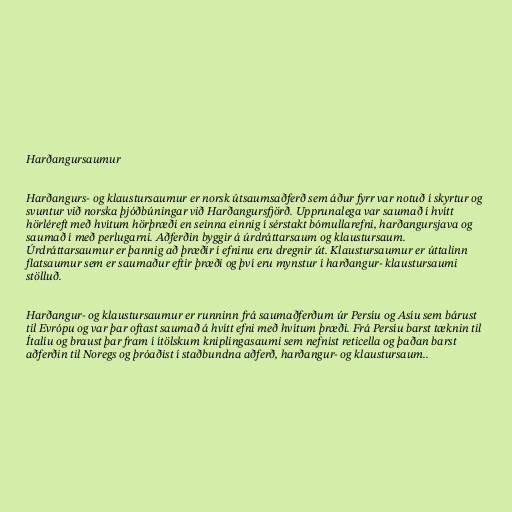
Harðangursaumur

Harðangurs- og klaustursaumur er norsk útsaumsaðferð sem áður fyrr var notuð í skyrtur og
svuntur við norska þjóðbúningar við Harðangursfjörð. Upprunalega var saumað í hvítt
hörléreft með hvítum hörþræði en seinna einnig í sérstakt bómullarefni, harðangursjava og
saumað í með perlugarni. Aðferðin byggir á úrdráttarsaum og klaustursaum.
Úrdráttarsaumur er þannig að þræðir í efninu eru dregnir út. Klaustursaumur er úttalinn
flatsaumur sem er saumaður eftir þræði og því eru mynstur í harðangur- klaustursaumi
stölluð.

Harðangur- og klaustursaumur er runninn frá saumaðferðum úr Persíu og Asíu sem bárust
til Evrópu og var þar oftast saumað á hvítt efni með hvítum þræði. Frá Persíu barst tæknin til
Ítalíu og braust þar fram í ítölskum kniplingasaumi sem nefnist reticella og þaðan barst
aðferðin til Noregs og þróaðist í staðbundna aðferð, harðangur- og klaustursaum..